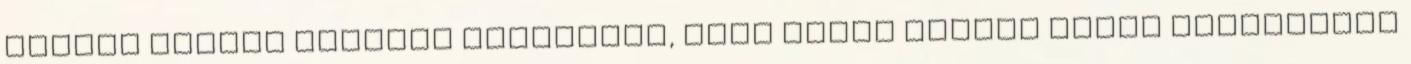
közben persze magában átkozódik, hogy miért hozott ennyi felesleges